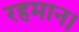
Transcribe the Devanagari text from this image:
रहमान।